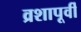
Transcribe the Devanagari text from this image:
व्रशापूर्वी